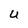
Character: U